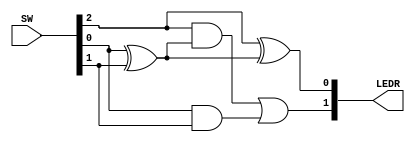
// Use the following signal definitions:
// SW[0] = D0
// SW[1] = D1
// SW[2] = CIN
// LEDR[0] = SUM
// LEDR[1] = COUT

module oneBitAdder(SW, LEDR);
	input [2:0] SW;
	output [1:0] LEDR;
	
	assign LEDR[0] = (SW[2])^((SW[0])^(SW[1]));
	assign LEDR[1] = ((SW[2])&((SW[0])^(SW[1])))|((SW[0])&(SW[1]));
endmodule